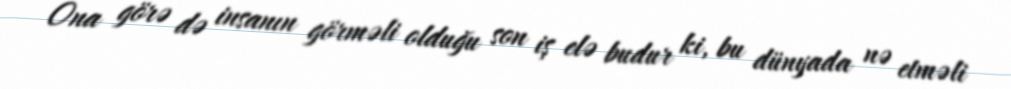
Ona görə də insanın görməli olduğu son iş elə budur ki, bu dünyada nə etməli